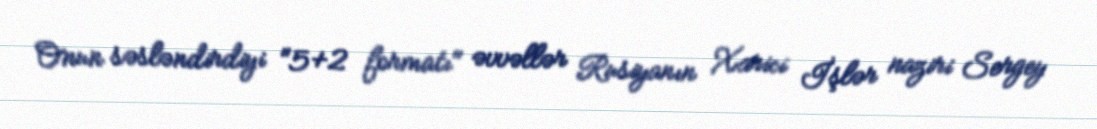
Onun səsləndirdiyi "5+2 formatı" əvvəllər Rusiyanın Xarici İşlər naziri Sergey